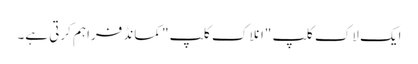
ایک لاک کلپ "انلاک کلپ" کمانڈ فراہم کرتی ہے۔